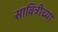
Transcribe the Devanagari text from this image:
साबित्रीच्या